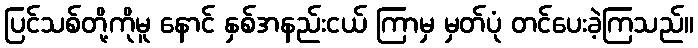
ပြင်သစ်တို့ကိုမူ နောင် နှစ်အနည်းငယ် ကြာမှ မှတ်ပုံ တင်ပေးခဲ့ကြသည်။